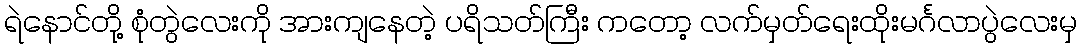
ရဲနောင်တို့ စုံတွဲလေးကို အားကျနေတဲ့ ပရိသတ်ကြီး ကတော့ လက်မှတ်ရေးထိုးမင်္ဂလာပွဲလေးမှ